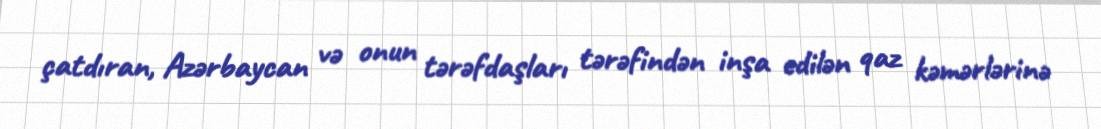
çatdıran, Azərbaycan və onun tərəfdaşları tərəfindən inşa edilən qaz kəmərlərinə